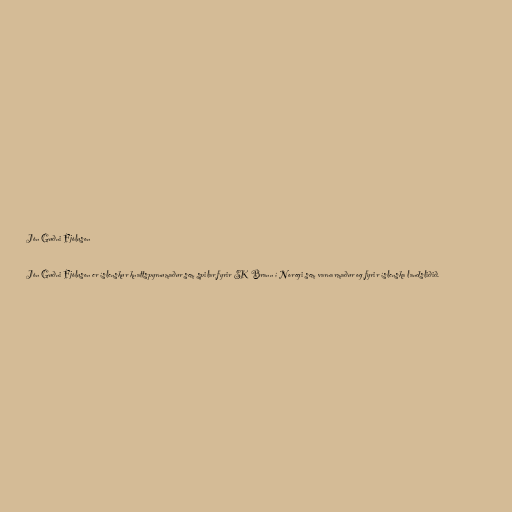
Jón Guðni Fjóluson

Jón Guðni Fjóluson er íslenskur knattspyrnumaður sem spilar fyrir SK Brann í Noregi sem varnarmaður og fyrir íslenska landsliðið.